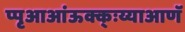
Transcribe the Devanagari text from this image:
प्पृआआंऊक्क्ःय्याआणॅ